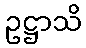
ဥဋ္ဌာသိ